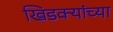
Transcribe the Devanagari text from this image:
खिडक्यांच्या